Leaving Certificate, 1899
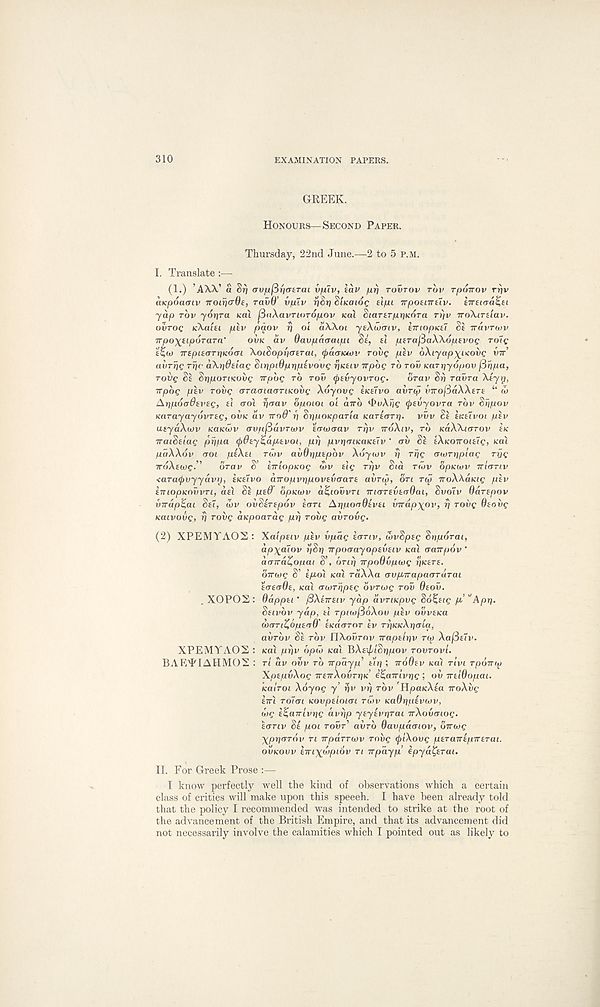
310
EXAMINATION PAPERS.
GREEK.
HONOURS—SECOND PAPER.
Thursday, 22nd June.—2 to 5 P.M.
I. Translate :—-
(1.) ’AW a Sr) arv/uf3riertrai v/uiv, iaV /xr) TOVTOV rbv rpoirov rrjv
iiKpoacnv noiricrOs, ravO’ vplv r/8ij SIKOIOC eijuc Trpoenreiv. iTrtirra^ei
yap TOV yor)Ta aa'i finXavTioropov Ka\ SiartrpriKnra rrjv iroXiTtiav.
ouroc nXaiEi piv pqov rj ol aXXoi y^Xuartv, zirioputi St TTUVTWV
TTpoxtipoTarn'
OVK av Oavpaaaitu Si, (l psTafSaXXopxvoc roff
’i%(i) TrepisarriKOiJi XoiSopbatrai, (paaicMv rovg piv oXiyap^ucovc VTT’
avrriQ
aXrjdaiag SiripiOpripivovg fiicttv irpog TO row Karrjyopov finpa,
rovg Si SrjpoTiKOvg Trpbg TO TOV (fravyovrog.
brav Sr) raura Xayrj,
Trpbg pav rovg araoiacrriKOvg Xbyovg aicaivo avrc^ {nrofiaXXara i ‘ (b
Ar)p6o9ai’ag, at crol ^rrav bpoioi oi OTTO <PvXtig (jravyovTa TOV Sbpov
KarayaybvTag, OVK av Trod'ri SrinoKpaTia KaraoTr). vvv
atzaivoi /uav
uayaXivv KaKwv avpfiuvTtov ’iawcrav Tr)v TTOXIV, TO KOXXKTTOV IK
TraiSaiag pr\pa <f>6ayZ,apjavoi, prj pvi\(nKaKaTv ' av
aXKOiroiaig, KOX
fiaXXov aoi paXai TOJV avOripapbv Ao'ywv r) Trig awTtiplag Trig
TroXatog.’'
OTOV S’ briopKog wv aig Trjv Sia Ttov opKtvv iriaTiv
<ara<pvyyavy, iicetvo aTropvr\povavaaTa avrur, bn r<j» TTGAAOKIC pav
amopKovvn, aal Sa pad bpKivv a^iovvn maTavaadai, Svolv OaTapov
vTrapZai Sal, wv ovSerapov aon Ar/poaOivai VTrap\ov, r) Tovg Oaovg
Kaivovg, rj rovg aKpoarag pi) rovg avrovg.
(2) XPEMYAOS : Xaipaiv pav irpag aanv, wvSpag Sriporai,
ap\alov r’/Sri irpoaayopaveiv icat oaTrpov '
aaTra^ofiai S’, bnr) rrpoOvpwg riKera.
brrwg S’ ip>ol KOI raXXa avp^TrapaoTarai
aaeada, KOX awrgpag bvrwg TOV Qaov.
. XOPOS : dappai * fiXairaiv yap avriKpvg S6%,aig pi ”Apr\.
Saivbv yap, tl rptw/SoXov pav ovvaica
wanZopaaO’ aKaaror av rr’iKKXriaia,
avrbv Si rbv nXovrov irapairiv T(M) Xa/Selv.
XPEMYAOS : Kai pr)v bpw KOX BXarpiSripov TOVTOVL
BAE'EIAHMOX : ri av ovv TO irpayp’ ait]; TroOav KO) TIVI Tponoj
XpapvXog iranXovTriK e£,airivr}g ; ov iraiOopai.
KOITOI Xoyog y’
vri rbv HpaKAla TroXvg
ETTI Tolai Kovpaioiai TWV KaOripavwv,
wg a^arrlvrig avrjp yayavr]Tai irXovaiog.
sanv Sa poi TOVT’ auro Oavpaaiov, birwg
\pr\aTov TI irpiiTTwv rovg tplXovg paTairapirarai.
OVKOVV arrixupiov TI irpayp’ ipyu&Tut.
II. For Greek Prose :—
I know perfectly well the kind of observations which a Certain
class of critics will make upon this speech. I have been already told
that the policy I recommended was intended to strike at the root of
the advancement of the British Empire, and that its advancement did
not necessarily involve the calamities which I pointed out as likely to